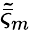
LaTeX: \tilde{\bar{\varsigma}}_{m}